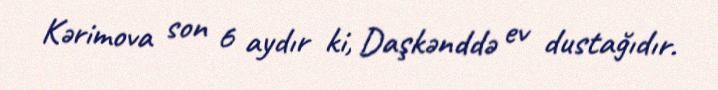
Kərimova son 6 aydır ki, Daşkənddə ev dustağıdır.